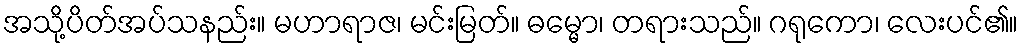
အသို့ပိတ်အပ်သနည်း။ မဟာရာဇ၊ မင်းမြတ်။ ဓမ္မော၊ တရားသည်။ ဂရုကော၊ လေးပင်၏။